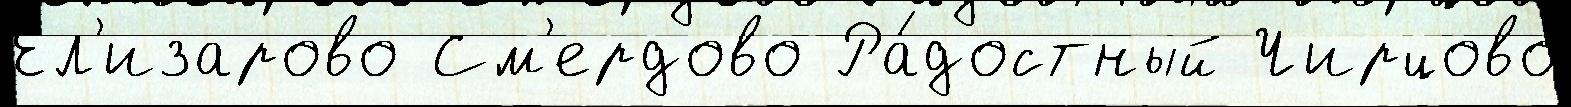
Ел'изарово См'ердово Ра́достный Чирцово